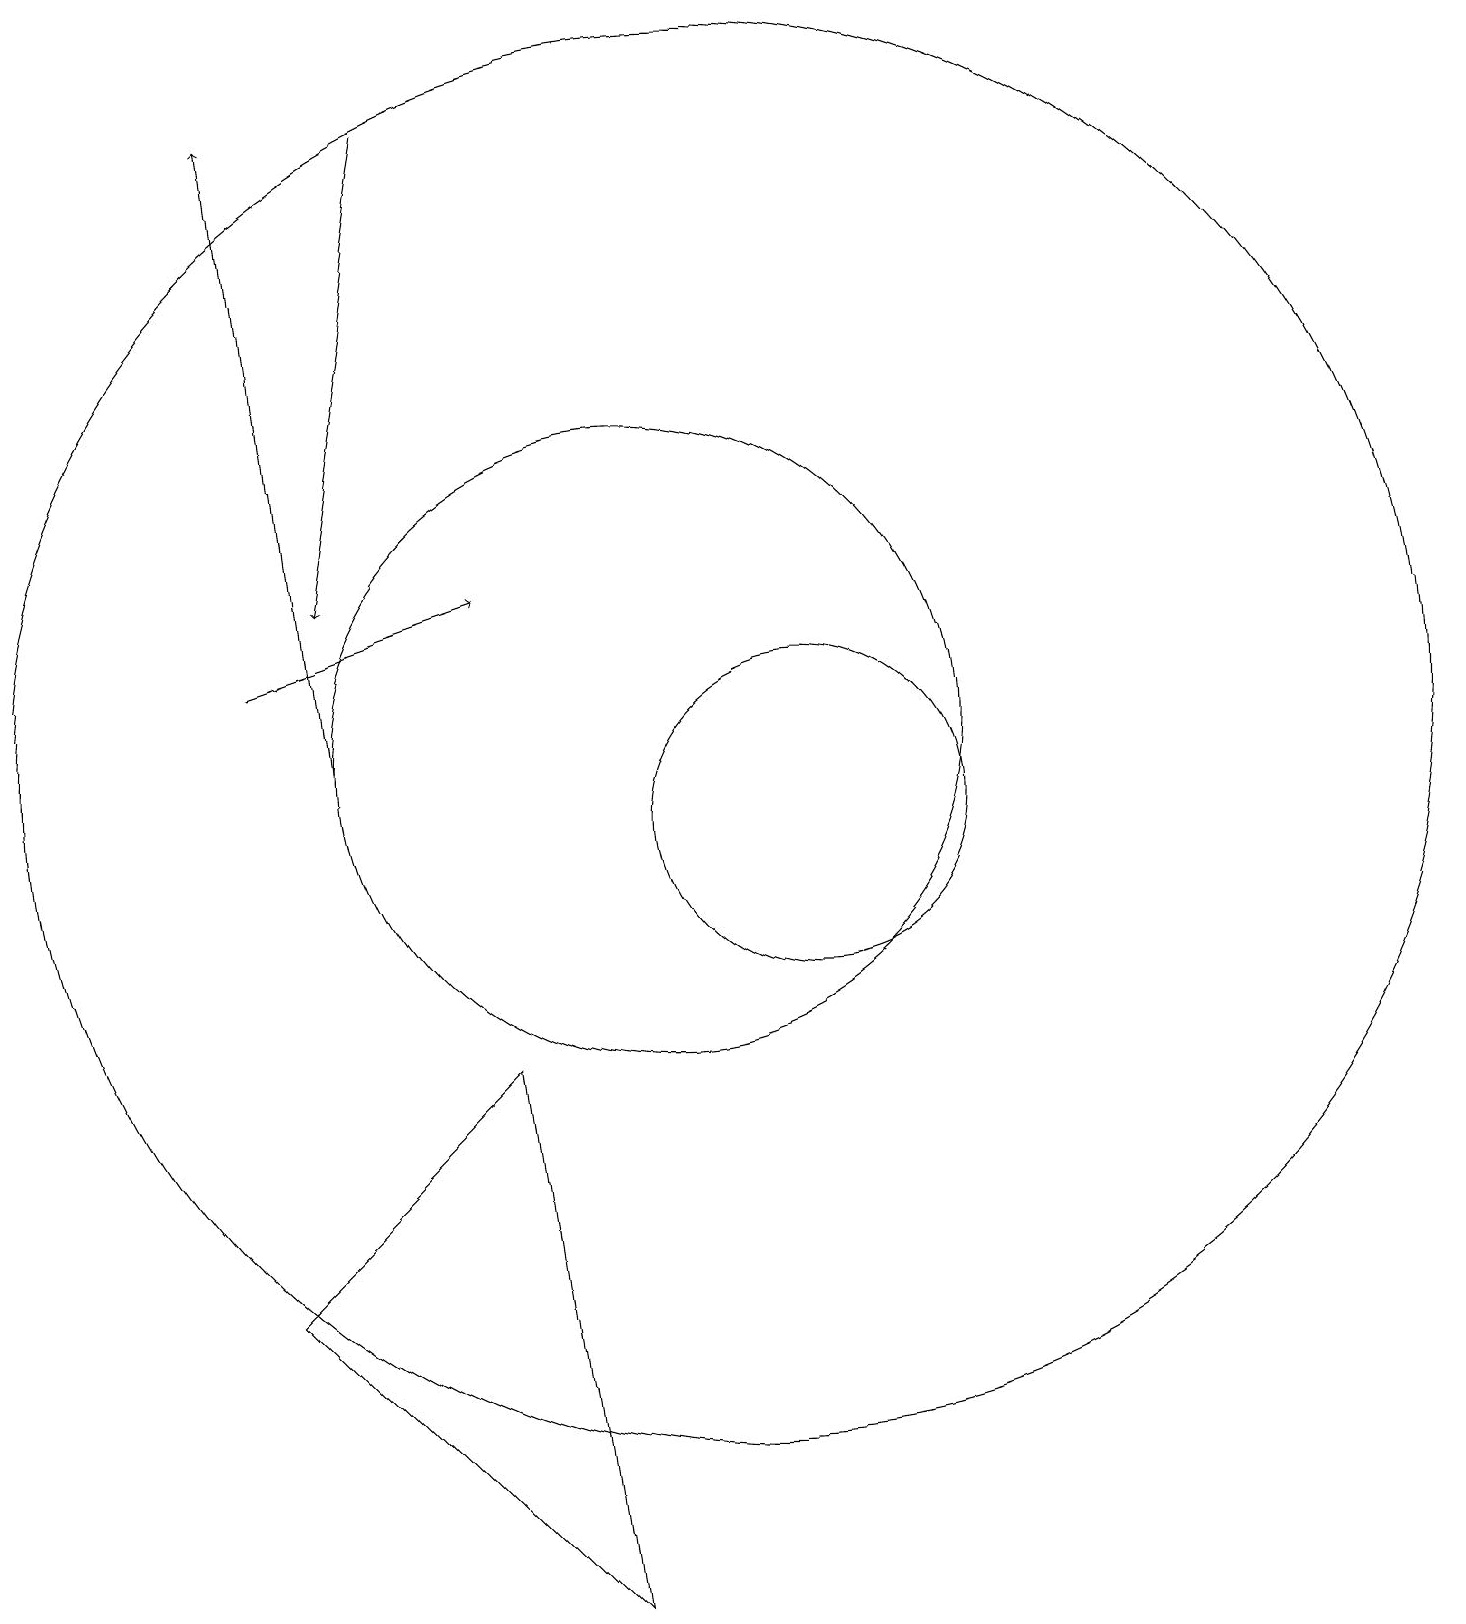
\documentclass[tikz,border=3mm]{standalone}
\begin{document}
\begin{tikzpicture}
\draw[->] (6,11) -- (5,19);
\draw (8,7) -- (9,0) -- (5,4) -- cycle;
\draw (11,11) circle (9);
\draw[->] (7,19) -- (6,13);
\draw (10,11) circle (4);
\draw[->] (5,12) -- (8,13);
\draw (12,10) circle (2);
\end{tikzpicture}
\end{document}